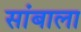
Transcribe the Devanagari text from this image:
सांबाला